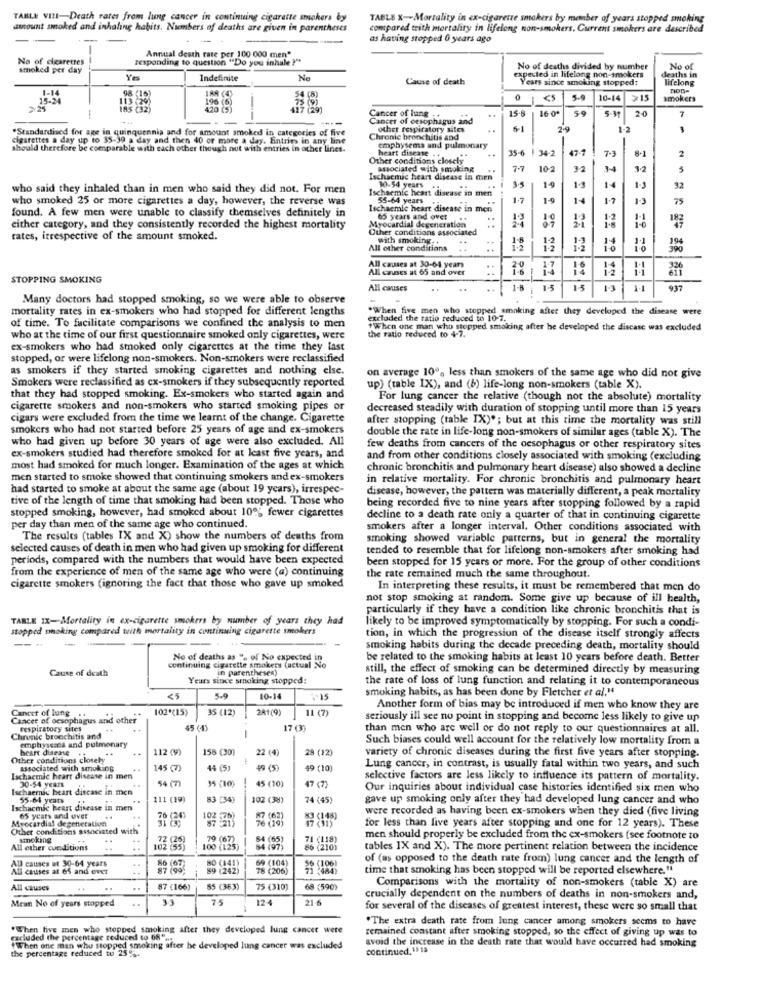
TAHLE VIII-Death rates from lung cancer in continuing cigarette smokers by
TABLE X -- Mortality in ex-cigarette smokers by member of years stopped smoking
amount smoked and inhaling habits. Numbers of deaths are given in parentheses
compared trith mortaliry in lifelong non-smokers. Current smokers are described
as having stopped 0 years ago
Annual death rate per 100 000 men"
No of cigarettes
responding to question "Do you inhale ?"
smoked per day
No of deaths divided by number
expected in lifelong non-smokers
deaths in
No of
Ye
Indefinite
Ne
Cause of death
Years since smoking stopped:
lifelong
1-14
IRR (4)
non-
98 (16)
5-9
10-14
>15
smokers
25-2
196
Cancer of lung .
..
15-8
16.0º
59
5-31
7
--
---
Cancer of oesophagus and
*Standardised for age in quinquennia and for amount smoked in categories of five
other respiratory sites
6-1
cigarettes a day up to 35-39 a day and then 40 or more a day. Entries in any line
Chronic bronchitis and
should therefore be comparable with each other though not with entries in other lines.
emphysema and pulmonary
heart disease .
35-6 !
34-2
47-1
2
Other conditions closely
7.3
associated with smoking
7.7
102
32
3.2
5
Ischaemic heart disease in men
3.5
14
who said they inhaled than in men who said they did not. For men
Ischaemic heart disease in men
30-54 years ..
14
14
1-3
32
who smoked 25 or more cigarettes a day, however, the reverse was
55-64 years
..
1.7
14
1.7
1-3
75
found. A few men were unable to classify themselves definitely in
Ischaemic heart disease in men
65 years and over ..
10
11
either category, and they consistently recorded the highest mortality
Myocardial degeneration
Other conditions associated
rates, irrespective of the amount smoked.
with smoking ..
1-8
All other conditions
All causes at 30-64 years
All causes at 65 and over
STOPPING SMOKING
All causes
1-8
1-5
15
13
937
Many doctors had stopped smoking, so we were able to observe
mortality rates in ex-smokers who had stopped for different lengths
"When five men who stopped smoking after they developed the disease were
excluded the ratio reduced to 10-7.
of time. To facilitate comparisons we confined the analysis to men
"When one man who stepped smoking after he developed the discase was excluded
the ratio reduced to 4-7.
who at the time of our first questionnaire smoked only cigarettes, were
ex-smokers who had smoked only cigarettes at the time they last
stopped, or were lifelong non-smokers. Non-smokers were reclassified
as smokers if they started smoking cigarettes and nothing else.
Smokers were reclassified as cx-smokers if they subsequently reported
on average 100% less than smokers of the same age who did not give
up) (table IX), and (b) life-long non-smokers (table X).
that they had stopped smoking. Ex-smokers who started again and
For lung cancer the relative (though not the absolute) mortality
cigarette smokers and non-smokers who started smoking pipes or
decreased steadily with duration of stopping until more than 15 years
cigars were excluded from the time we learnt of the change. Cigarette
after stopping (table IX)"; but at this time the mortality was still
smokers who had not started before 25 years of age and ex-smokers
double the rate in life-long non-smokers of similar ages (table X). The
who had given up before 30 years of age were also excluded. All
few deaths from cancers of the oesophagus or other respiratory sites
ex-smokers studied had therefore smoked for at least five years, and
and from other conditions closely associated with smoking (excluding
most had smoked for much longer. Examination of the ages at which
chronic bronchitis and pulmonary heart disease) also showed a decline
men started to smoke showed that continuing smokers and ex-smokers
in relative mortality. For chronic bronchitis and pulmonary heart
had started to smoke at about the same age (about 19 years), irrespec-
disease, however, the pattern was materially different, a peak mortality
tive of the length of time that smoking had been stopped. Those who
being recorded five to nine years after stopping followed by a rapid
stopped smoking, however, had smoked about 100% fewer cigarettes
decline to a death rate only a quarter of that in continuing cigarette
per day than men of the same age who continued.
smokers after a longer interval. Other conditions associated with
The results (tables IX and X) show the numbers of deaths from
smoking showed variable patterns, but in general the mortality
selected causes of death in men who had given up smoking for different
tended to resemble that for lifelong non-smokers after smoking had
periods, compared with the numbers that would have been expected
been stopped for 15 years or more. For the group of other conditions
from the experience of men of the same age who were (a) continuing
the rate remained much the same throughout.
cigarette smokers (ignoring the fact that those who gave up smoked
In interpreting these results, it must be remembered that men do
not stop smoking at random. Some give up because of ill health,
particularly if they have a condition like chronic bronchitis that is
TABLE 1X-Mortality in ex-cigarette smokers by number of years they had
likely to be improved symptomatically by stopping. For such a condi-
stopped smoking compared tuith mortality in continuing cigarette smokers
tion, in which the progression of the disease itself strongly affects
smoking habits during the decade preceding death, mortality should
No of deaths as ", of No expected in
be related to the smoking habits at least 10 years before death. Better
Cause of death
continuing cigarette smokers (actual No
"in parentheses)
still, the effect of smoking can be determined directly by measuring
Years since smoking stopped:
the rate of loss of lung function and relating it to contemporaneous
smoking habits, as has been done by Fletcher et al."
<5
5.9
10-14
1-15
102*(15)
35 (12)
241(9)
11 (7)
Another form of bias may be introduced if men who know they are
Cancer of oesophagus and other
Cancer of lung ..
seriously ill see no point in stopping and become less likely to give up
respiratory sites
45 (4)
-
17 (3)
than men who are well or do not reply to our questionnaires at all.
Chronic bronchitis and
emphyscana and pulmonary
Such biases could well account for the relatively low mortality from a
heart disease .
...
112 (9)
158 (30)
22 (4)
28 (12)
Other conditions closely
variety of chronic diseases during the first five years after stopping.
associated with smoking
145 (7)
44 (5)
49 (5)
49 (10)
Lung cancer, in contrast, is usually fatal within two years, and such
Ischaemic heart disease in men
30-54 years
54 (7)
35 (10)
45 (10)
47 (7)
selective factors are less likely to influence its pattern of mortality.
Ischaemic heart disease in men
Our inquiries about individual case histories identified six men who
55-64 years
..
111 (19)
83 (34)
102 (38)
74 (45)
gave up smoking only after they had developed lung cancer and who
Ischaemic heart disease in men
were recorded as having been ex-smokers when they died (five living
Myocardial degeneration
65 years and over
26 (24)
Other conditions associated with
for less than five years after stopping and one for 12 years). These
smoking
72 (26)
79 (67)
71 (118)
men should properly be excluded from the ex-smokers (see footnote to
All other conditions
102 (55)
100 (125)
86 (210)
tables IX and X). The more pertinent relation between the incidence
All causes ut 30-64 years
(141
69 (104)
of (as opposed to the death rate from) lung cancer and the length of
All causes at es and ever
87 (99
(242
78 (206)
time that smoking has been stopped will be reported elsewhere."
Comparisons with the mortality of non-smokers (table X) are
All causes
..
87 (166)
85 (363)
75 (310)
68 (590)
Mean No of years stopped
75
124
21 6
crucially dependent on the numbers of deaths in non-smokers and,
for several of the diseases of greatest interest, these were so small that
"The extra death rate from lung cancer among smokers seems to have
"When live men who stopped smoking after they developed lung cancer were
remained constant after smoking stopped, so the effect of giving up was to
excluded the percentage reduced to 68" ...
avoid the increase in the death rate that would have occurred had smoking
the percentage reduced tu 25%.
When one man who stopped smoking after he developed lung cancer was excluded
continued, 1313